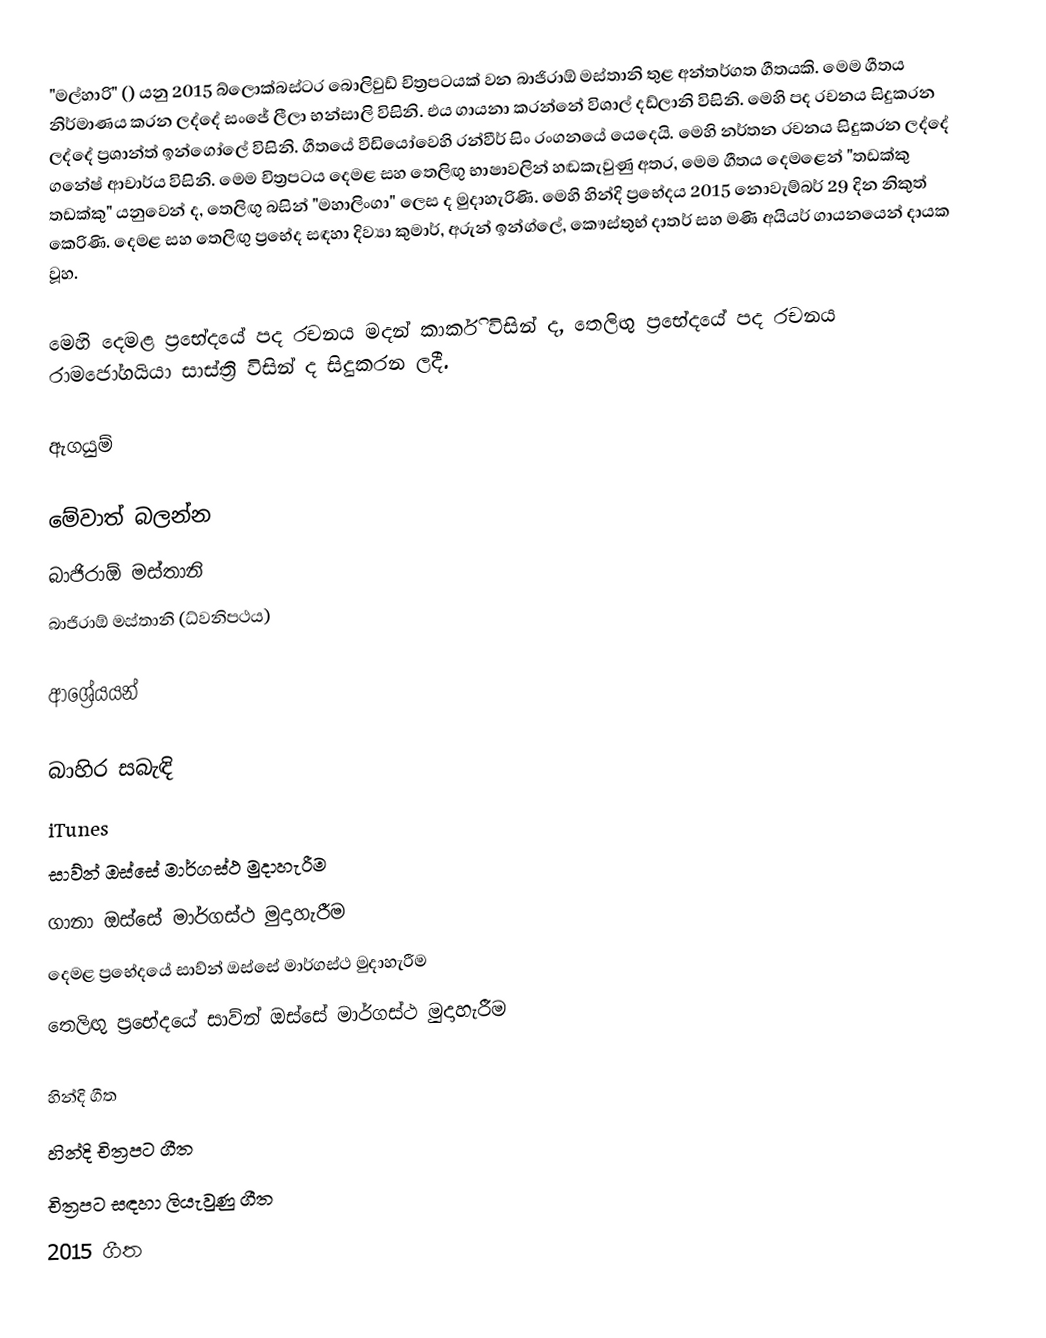
"මල්හාරි" () යනු 2015 බ්ලොක්බස්ටර බොලිවුඩ් චිත්‍රපටයක් වන බාජිරාඕ මස්තානි තුළ අන්තර්ගත ගීතයකි. මෙම ගීතය නිර්මාණය කරන ලද්දේ සංජේ ලීලා භන්සාලි විසිනි. එය ගායනා කරන්නේ විශාල් දඩ්ලානි විසිනි. මෙහි පද රචනය සිදුකරන ලද්දේ ප්‍රශාන්ත් ඉන්ගෝලේ විසිනි. ගීතයේ වීඩියෝවෙහි ‍රන්වීර් සිං රංගනයේ යෙදෙයි. මෙහි නර්තන රචනය සිදුකරන ලද්දේ ගනේෂ් ආචාර්ය විසිනි. මෙම චිත්‍රපටය දෙමළ සහ තෙලිඟු භාෂාවලින් හඬකැවුණු අතර, මෙම ගීතය දෙමළෙන් "තඩක්කු තඩක්කු" යනුවෙන් ද, තෙලිඟු බසින් "මහාලිංගා" ලෙස ද මුදාහැරිණි. මෙහි හින්දි ප්‍රභේදය 2015 නොවැම්බර් 29 දින නිකුත් කෙරිණි. දෙමළ  සහ තෙලිඟු ප්‍රභේද සඳහා දිව්‍යා කුමාර්, අරුන් ඉන්ග්ලේ, කෞස්තුභ් දාතර් සහ මණි අයියර් ගායනයෙන් දායක වූහ.

මෙහි දෙමළ ප්‍රභේදයේ පද රචනය මදන් කාර්කි විසින් ද, තෙලිඟු ප්‍රභේදයේ පද රචනය රාමජෝගයියා සාස්ත්‍රි විසින් ද සිදුකරන ලදී.

ඇගයුම්

මේවාත් බලන්න
බාජිරාඕ මස්තානි
බාජිරාඕ මස්තානි (ධ්වනිපථය)

ආශ්‍රේයයන්

බාහිර සබැඳි
 iTunes
 සාව්න් ඔස්සේ මාර්ගස්ථ මුදාහැරීම
 ගානා ඔස්සේ මාර්ගස්ථ මුදාහැරීම
 දෙමළ ප්‍රභේදයේ සාව්න් ඔස්සේ මාර්ගස්ථ මුදාහැරීම
 තෙලිඟු ප්‍රභේදයේ සාව්න් ඔස්සේ මාර්ගස්ථ මුදාහැරීම

හින්දි ගීත
හින්දි චිත්‍රපට ගීත
චිත්‍රපට සඳහා ලියැවුණු ගීත
2015 ගීත